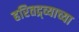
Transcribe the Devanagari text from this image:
हरितद्र्व्याच्या